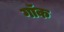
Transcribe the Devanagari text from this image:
गॉक